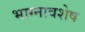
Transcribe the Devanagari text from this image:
भाग्नावशेष